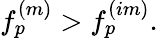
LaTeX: f_{p}^{(m)}>f_{p}^{(im)}.